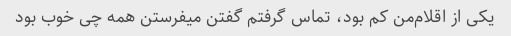
یکی از اقلام‌من کم بود، تماس گرفتم گفتن میفرستن همه چی خوب بود